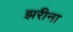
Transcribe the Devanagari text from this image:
झरीना